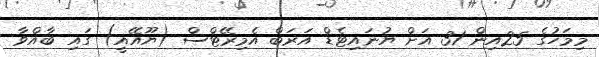
މިމަހުގެ 25އިން 31 އަށް ޔުނައިޓެޑް އަރަބް އެމިރޭޓްސް (ޔޫއޭއީ) ގައި ބާއްވާ